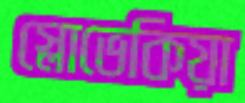
স্লোভেকিয়া